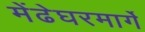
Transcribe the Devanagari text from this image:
मेंढेघरमार्गे